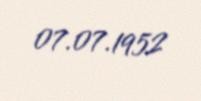
07.07.1952